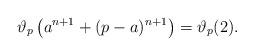
LaTeX: \begin{align*}\vartheta_p\left(a^{n + 1} + (p - a)^{n + 1}\right) = \vartheta_p(2) .\end{align*}